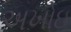
અખોઇ